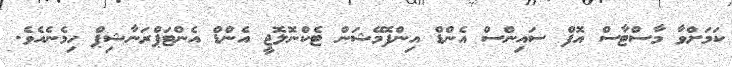
ކަމަށްވާ މާސްޓާސް އޮފް ސައިންސް އެންޑް އިންފޮމޭޝަން ޓެކްނޮލޮޖީ އެންޑް އެންޓަޕްރަނާޝިޕް ހިމެނެއެވެ.